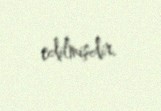
edilmişdir.